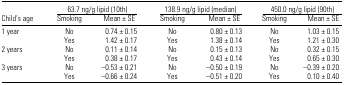
|  | <COLSPAN=2> 63.7 ng/g lipid (10th) | <COLSPAN=2> 138.9 ng/g lipid (median) | <COLSPAN=2> 450.0 ng/g lipid (90th) |
 | Child’s age | Smoking | Mean ± SE | Smoking | Mean ± SE | Smoking | Mean ± SE |
 | --- | --- | --- | --- | --- | --- | --- |
 | 1 year | No | 0.74 ± 0.15 | No | 0.80 ± 0.13 | No | 1.03 ± 0.15 |
 |  | Yes | 1.42 ± 0.17 | Yes | 1.38 ± 0.14 | Yes | 1.21 ± 0.30 |
 | 2 years | No | 0.11 ± 0.14 | No | 0.15 ± 0.13 | No | 0.32 ± 0.15 |
 |  | Yes | 0.38 ± 0.17 | Yes | 0.43 ± 0.14 | Yes | 0.65 ± 0.30 |
 | 3 years | No | −0.53 ± 0.21 | No | −0.50 ± 0.19 | No | −0.39 ± 0.20 |
 |  | Yes | −0.66 ± 0.24 | Yes | −0.51 ± 0.20 | Yes | 0.10 ± 0.40 |